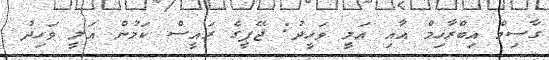
ގާސިމް އިބްރާހިމް އާއި އަލީ ވަހީދު: ޖޭޕީގެ ރައީސް ކަމުން އަލީ ވަހިދު